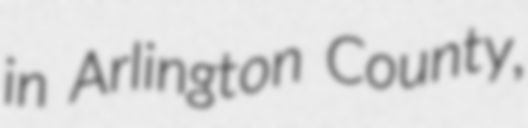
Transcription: in Arlington County,